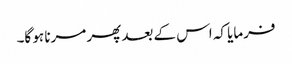
فرمایا کہ اس کے بعد پھر مرنا ہو گا۔